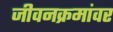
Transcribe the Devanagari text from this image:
जीवनक्रमांवर